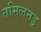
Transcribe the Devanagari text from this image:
तमिलनडू